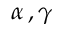
\alpha \, , \gamma